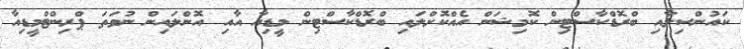
ކައުންސިލާއި ބްރޮޑްކާސްޓިން ކޮމިޝަން އެއްކޮށްލައި ބްރޮޑްކާސްޓިން މީޑިއާ އާއި އޮންލައިން ނުވަތަ ޕްރިންޓްމީޑިއާ